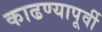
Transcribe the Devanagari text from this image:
काढण्यापूर्वी